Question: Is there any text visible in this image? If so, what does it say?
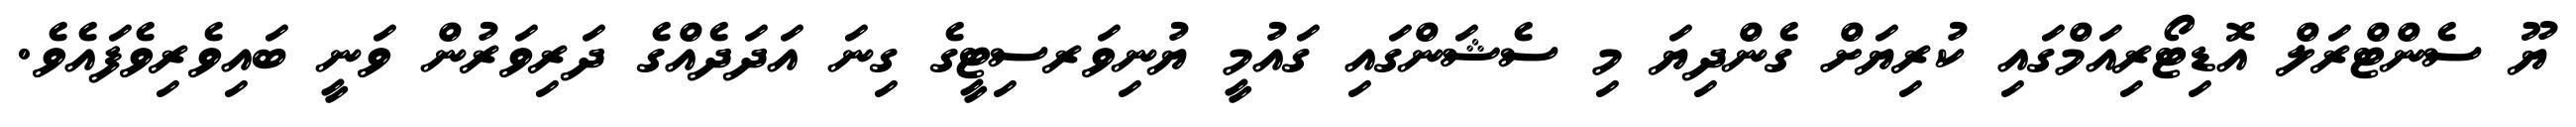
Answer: ޔޫ ސެންޓްރަލް އޮޑިޓޯރިއަމްގައި ކުރިޔަށް ގެންދިޔަ މި ސެޝަންގައި ގައުމީ ޔުނިވަރސިޓީގެ ގިނަ އަދަދެއްގެ ދަރިވަރުން ވަނީ ބައިވެރިވެފައެވެ.